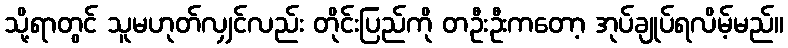
သို့ရာတွင် သူမဟုတ်လျှင်လည်း တိုင်းပြည်ကို တဦးဦးကတော့ အုပ်ချုပ်ရလိမ့်မည်။